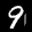
Label: 9